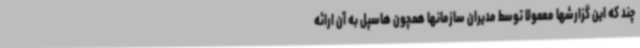
چند که این گزارشها معمولا توسط مدیران سازمانها همچون هاسپل به آن ارائه